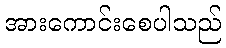
အားကောင်းစေပါသည်